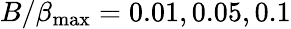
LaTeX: B/\beta_{\mathrm{max}}=0.01,0.05,0.1